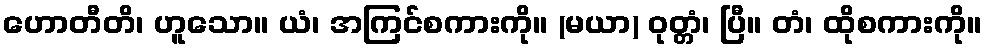
ဟောတီတိ၊ ဟူသော။ ယံ၊ အကြင်စကားကို။ (မယာ) ဝုတ္တံ၊ ပြီ။ တံ၊ ထိုစကားကို။